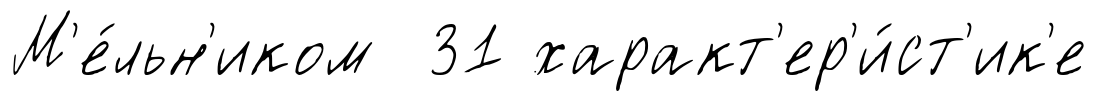
М'е́льн'иком 31 характ'ер'и́ст'ик'е